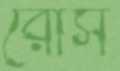
রোস